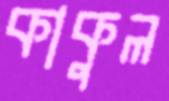
কাকুল